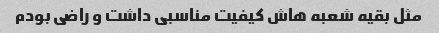
مثل بقیه شعبه هاش کیفیت مناسبی داشت و راضی بودم